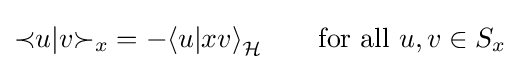
{\prec }u|v{\succ }_{x}=-{\langle }u|xv{\rangle }_{\mathcal {H}}\qquad {\text{for all }}u,v\in S_{x}